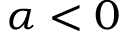
\alpha < 0